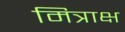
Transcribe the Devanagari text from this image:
मित्राक्ष